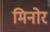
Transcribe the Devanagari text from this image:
मिनोर